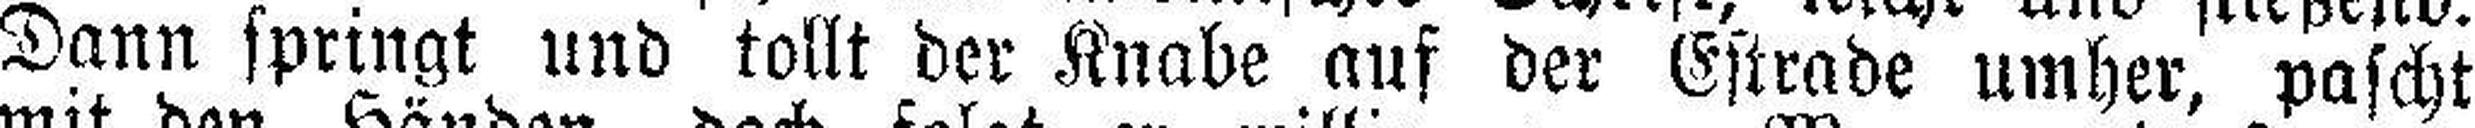
Dann springt und tollt der Knabe auf der Estrade umher, pascht